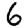
Digit: 6